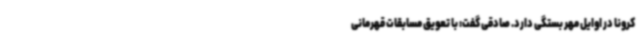
کرونا در اوایل مهر بستگی دارد. صادقی گفت: با تعویق مسابقات قهرمانی